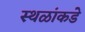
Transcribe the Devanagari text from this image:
स्थळांकडे